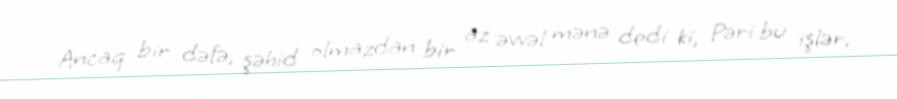
Ancaq bir dəfə, şəhid olmazdan bir az əvvəl mənə dedi ki, Pəri bu işlər,